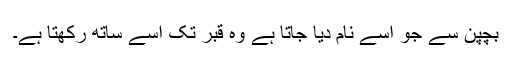
بچپن سے جو اسے نام دیا جاتا ہے وہ قبر تک اسے ساتھ رکھتا ہے۔